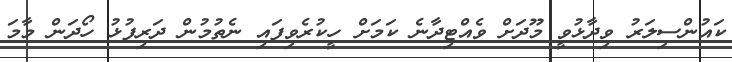
ކައުންސިލަރު ވިދާޅުވީ މޫދަށް ވެއްޓިދާނެ ކަމަށް ހީކުރެވިފައި ނެތުމުން ދަރިފުޅު ހޯދަން މާމަ